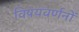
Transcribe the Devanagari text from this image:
विषयवर्णनों